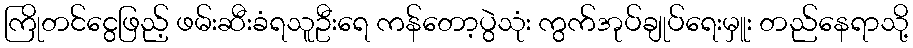
ကြိုတင်ငွေဖြည့် ဖမ်းဆီးခံရသူဦးရေ ကန်တော့ပွဲသုံး ကွက်အုပ်ချုပ်ရေးမှူး တည်နေရာသို့